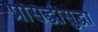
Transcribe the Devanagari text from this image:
प्रसिद्धीसुद्धा